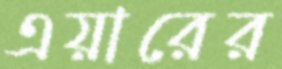
এয়ারের